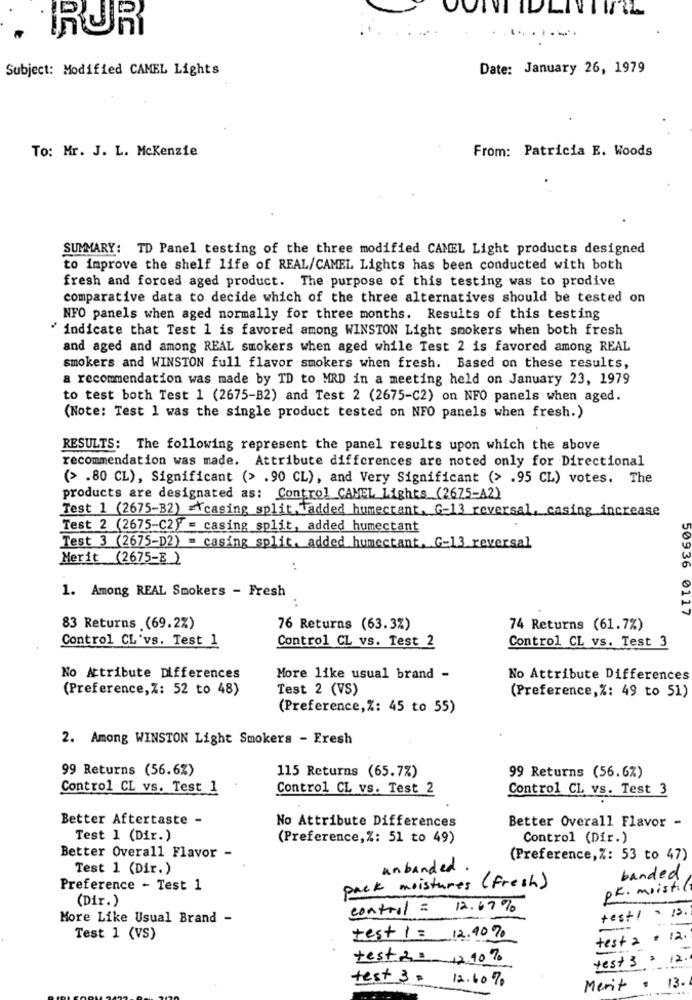
. RUR
.........
Subject: Modified CAMEL Lights
Date: January 26, 1979
To: Mr. J. L. Mckenzie
From: Patricia E. Woods
SUMMARY: TD Panel testing of the three modified CAMEL Light products designed
to improve the shelf life of REAL/CAMEL Lights has been conducted with both
fresh and forced aged product. The purpose of this testing was to prodive
comparative data to decide which of the three alternatives should be tested on
NFO panels when aged normally for three months. Results of this testing
" indicate that Test 1 is favored among WINSTON Light smokers when both fresh
and aged and among REAL smokers when aged while Test 2 is favored among REAL
smokers and WINSTON full flavor smokers when fresh. Based on these results,
a recommendation was made by TD to MRD in a meeting held on January 23, 1979
to test both Test 1 (2675-B2) and Test 2 (2675-C2) on NFO panels when aged.
(Note: Test 1 was the single product tested on NFO panels when fresh.)
RESULTS: The following represent the panel results upon which the above
recommendation was made. Attribute differences are noted only for Directional
(> .80 CL), Significant (> .90 CL), and Very Significant (> .95 CL) votes. The
products are designated as: Control CAMEL Lights_(2675-A2)
Test 1 (2675-B2) casing split, added humectant, G-13 reversal, casing increase
Test 2 (2675-C2} = casing split, added humectant
Test 3 (2675-D2) = casing split. added humectant, G-13 reversal
Merit (2675-B)
1. Among REAL Smokers - Fresh
..
50936 0117
83 Returns (69.2%)
76 Returns (63.3%)
74 Returns (61.7%)
Control CL'vs. Test 1
Control CL vs. Test 2
Control CL vs. Test 3
No Attribute Differences
More like usual brand -
No Attribute Differences
(Preference, %: 52 to 48)
Test 2 (VS)
(Preference,%: 49 to 51)
(Preference, %: 45 to 55)
2. Among WINSTON Light Smokers - Fresh
99 Returns (56.6%)
115 Returns (65.7%)
99 Returns (56.6%)
Control CL vs. Test 1
Control CL vs. Test 2
Control CL vs. Test 3
Better Aftertaste -
No Attribute Differences
Better Overall Flavor -
Test 1 (Dir.)
(Preference,%: 51 to 49)
Control (Dir.)
Better Overall Flavor -
(Preference,Z: 53 to 47)
Test 1 (Dir.)
unbanded
banded
Preference - Test 1
pack moistures ( fresh)
DR. moistil
(Dir.)
control = 12.67%
test! = 13.
More Like Usual Brand -
Test 1 (VS)
test 1 = 12.907
test 2 . 12.
test &= 12.90%
test 3 3 12.
test 3 . 12.60 %
Merit
. 13.